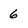
Character: 6